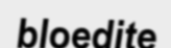
bloedite